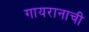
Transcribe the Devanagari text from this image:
गायरानाची